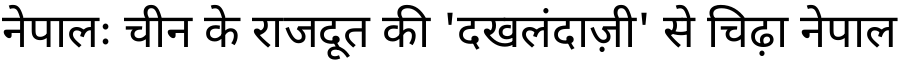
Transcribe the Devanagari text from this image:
नेपालः चीन के राजदूत की 'दखलंदाज़ी' से चिढ़ा नेपाल